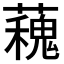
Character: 𧁩